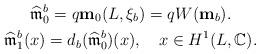
LaTeX: \begin{gather*} \widehat{\mathfrak{m}}^b_0 = q\mathbf{m}_0(L,\xi_b) = qW(\mathbf{m}_b).\\ \widehat{\mathfrak{m}}^b_1(x) = d_b(\widehat{\mathfrak{m}}^b_0)(x),\ \ \ x\in H^1(L,\mathbb{C}).\end{gather*}